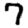
Digit: 7